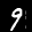
Label: 9